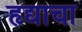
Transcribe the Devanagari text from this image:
हृद्याचा